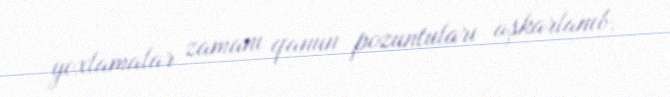
yoxlamalar zamanı qanun pozuntuları aşkarlanıb.